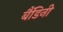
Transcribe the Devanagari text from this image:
बैंडिनी